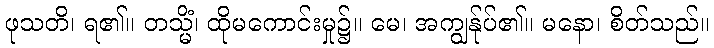
ဖုသတိ၊ ရ၏။ တသ္မိံ၊ ထိုမကောင်းမှု၌။ မေ၊ အကျွန်ုပ်၏။ မနော၊ စိတ်သည်။